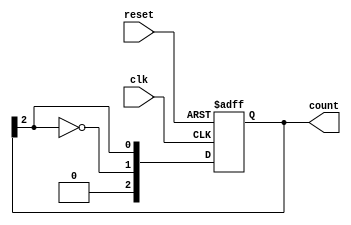
module JohnsonCounter #(parameter N = 3) (
    input wire clk,                // Clock input
    input wire reset,              // Asynchronous reset
    output reg [N-1:0] count       // Counter output
);

    // Initialize the counter state
    always @(posedge clk or posedge reset) begin
        if (reset) begin
            // On reset, set all flip-flops to 0
            count <= {N{1'b0}};
        end else begin
            // Shift the current state and feed back inverted last bit
            count <= {~count[N-1], count[N-1:N-1]};
        end
    end
endmodule